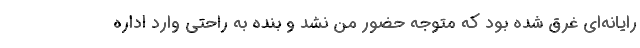
رایانه‌ای غرق شده بود که متوجه حضور من نشد و بنده به راحتی وارد اداره